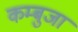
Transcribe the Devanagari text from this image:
कम्बुजा